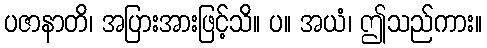
ပဇာနာတိ၊ အပြားအားဖြင့်သိ။ ပ။ အယံ၊ ဤသည်ကား။